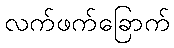
လက်ဖက်ခြောက်